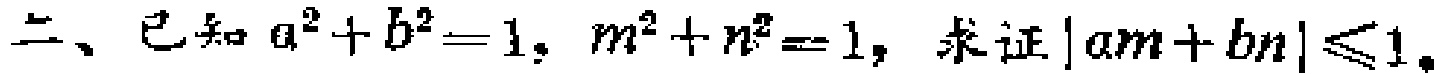
二、已知$a^{2}+b^{2}=1$，$m^{2}+n^{2}=1$，求证$|am + bn|\leq1$。